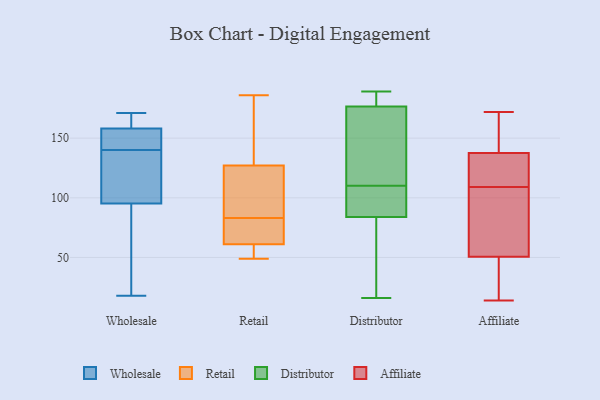
{"axis": {"x": "Gross Profit (USD K)", "y": "Value"}, "legend": ["Affiliate", "Distributor", "Retail", "Wholesale"], "data": [{"x": "", "y": 140, "type": "Wholesale"}, {"x": "", "y": 162, "type": "Wholesale"}, {"x": "", "y": 161, "type": "Wholesale"}, {"x": "", "y": 18, "type": "Wholesale"}, {"x": "", "y": 107, "type": "Wholesale"}, {"x": "", "y": 171, "type": "Wholesale"}, {"x": "", "y": 31, "type": "Wholesale"}, {"x": "", "y": 157, "type": "Wholesale"}, {"x": "", "y": 141, "type": "Wholesale"}, {"x": "", "y": 69, "type": "Wholesale"}, {"x": "", "y": 130, "type": "Wholesale"}, {"x": "", "y": 133, "type": "Wholesale"}, {"x": "", "y": 163, "type": "Wholesale"}, {"x": "", "y": 42, "type": "Wholesale"}, {"x": "", "y": 147, "type": "Wholesale"}, {"x": "", "y": 104, "type": "Wholesale"}, {"x": "", "y": 154, "type": "Wholesale"}, {"x": "", "y": 117, "type": "Retail"}, {"x": "", "y": 168, "type": "Retail"}, {"x": "", "y": 108, "type": "Retail"}, {"x": "", "y": 73, "type": "Retail"}, {"x": "", "y": 130, "type": "Retail"}, {"x": "", "y": 177, "type": "Retail"}, {"x": "", "y": 55, "type": "Retail"}, {"x": "", "y": 83, "type": "Retail"}, {"x": "", "y": 49, "type": "Retail"}, {"x": "", "y": 61, "type": "Retail"}, {"x": "", "y": 57, "type": "Retail"}, {"x": "", "y": 186, "type": "Retail"}, {"x": "", "y": 62, "type": "Retail"}, {"x": "", "y": 61, "type": "Retail"}, {"x": "", "y": 118, "type": "Retail"}, {"x": "", "y": 109, "type": "Distributor"}, {"x": "", "y": 96, "type": "Distributor"}, {"x": "", "y": 182, "type": "Distributor"}, {"x": "", "y": 158, "type": "Distributor"}, {"x": "", "y": 166, "type": "Distributor"}, {"x": "", "y": 110, "type": "Distributor"}, {"x": "", "y": 80, "type": "Distributor"}, {"x": "", "y": 69, "type": "Distributor"}, {"x": "", "y": 189, "type": "Distributor"}, {"x": "", "y": 16, "type": "Distributor"}, {"x": "", "y": 145, "type": "Distributor"}, {"x": "", "y": 108, "type": "Distributor"}, {"x": "", "y": 40, "type": "Distributor"}, {"x": "", "y": 180, "type": "Distributor"}, {"x": "", "y": 186, "type": "Distributor"}, {"x": "", "y": 122, "type": "Affiliate"}, {"x": "", "y": 116, "type": "Affiliate"}, {"x": "", "y": 39, "type": "Affiliate"}, {"x": "", "y": 58, "type": "Affiliate"}, {"x": "", "y": 148, "type": "Affiliate"}, {"x": "", "y": 61, "type": "Affiliate"}, {"x": "", "y": 139, "type": "Affiliate"}, {"x": "", "y": 21, "type": "Affiliate"}, {"x": "", "y": 43, "type": "Affiliate"}, {"x": "", "y": 130, "type": "Affiliate"}, {"x": "", "y": 14, "type": "Affiliate"}, {"x": "", "y": 102, "type": "Affiliate"}, {"x": "", "y": 85, "type": "Affiliate"}, {"x": "", "y": 143, "type": "Affiliate"}, {"x": "", "y": 172, "type": "Affiliate"}, {"x": "", "y": 136, "type": "Affiliate"}]}